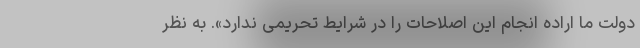
دولت ما اراده انجام این اصلاحات را در شرایط تحریمی ندارد». به نظر